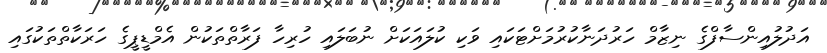
އަދުލުއިންސާފްގެ ނިޒާމް ހަރުދަނާކުރުމަށްޓަކައި ވަކި ކުލައަކަށް ނުބަލައި ހުރިހާ ފަރާތްތަކުން އެމްޑީޕީގެ ހަރަކާތްތަކުގައި